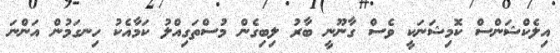
އިލެކްޝަންސް ކޮމިޝަނަކީ ވެސް ގާނޫނީ ބާރު ލިބިގެން މުސްތަގިއްލު ކަމާއެކު ހިނގަމުން އަންނަ